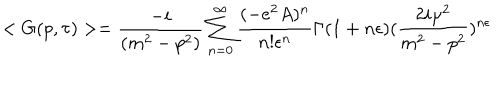
< G ( p , \tau ) > = \frac { - i } { ( m ^ { 2 } - p ^ { 2 } ) } \sum _ { n = 0 } ^ { \infty } \frac { ( - e ^ { 2 } A ) ^ { n } } { n ! \epsilon ^ { n } } \Gamma ( 1 + n \epsilon ) ( \frac { 2 i \mu ^ { 2 } } { m ^ { 2 } - p ^ { 2 } } ) ^ { n \epsilon }